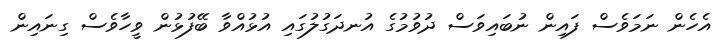
އެހެން ނަމަވެސް ފައިން ނުބައިވަސް ދުވުމުގެ އުނދަގުލުގައި އުޅުއްވާ ބޭފުޅުން ވީހާވެސް ގިނައިން